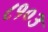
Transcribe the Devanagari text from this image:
८१०३